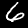
Digit: 6